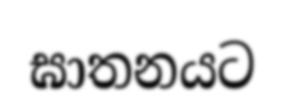
ඝාතනයට